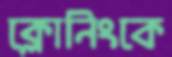
ক্লোনিংকে